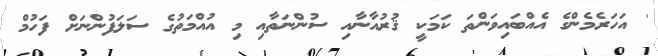
' އަހަރެމެންގެ އެއްބައިވަންތަ ކަމަކީ ޤުރުއާނާއި ސުންނަތާއި މި އުއްމަތުގެ ސަލަފުންނަށް ފަހުމް